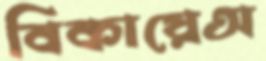
বিকায়েঅ